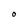
Character: O